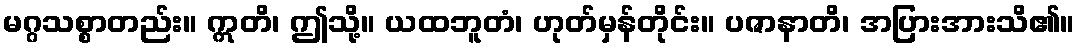
မဂ္ဂသစ္စာတည်း။ ဣတိ၊ ဤသို့။ ယထဘူတံ၊ ဟုတ်မှန်တိုင်း။ ပဇာနာတိ၊ အပြားအားသိ၏။